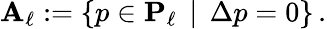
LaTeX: \mathbf{A}_{\ell}:=\{ p\in\mathbf{P}_{\ell}\, \mid\, \Delta p=0\} \, .